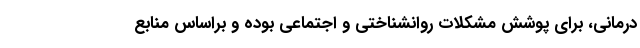
درمانی، برای پوشش مشکلات روانشناختی و اجتماعی بوده و براساس منابع